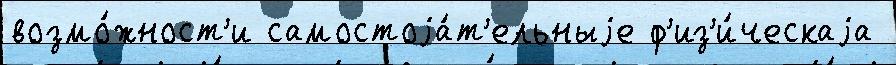
возмо́жност'и самостоjа́т'ельныjе ф'из'и́ческаjа